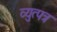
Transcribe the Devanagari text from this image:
व्युत्पत्र